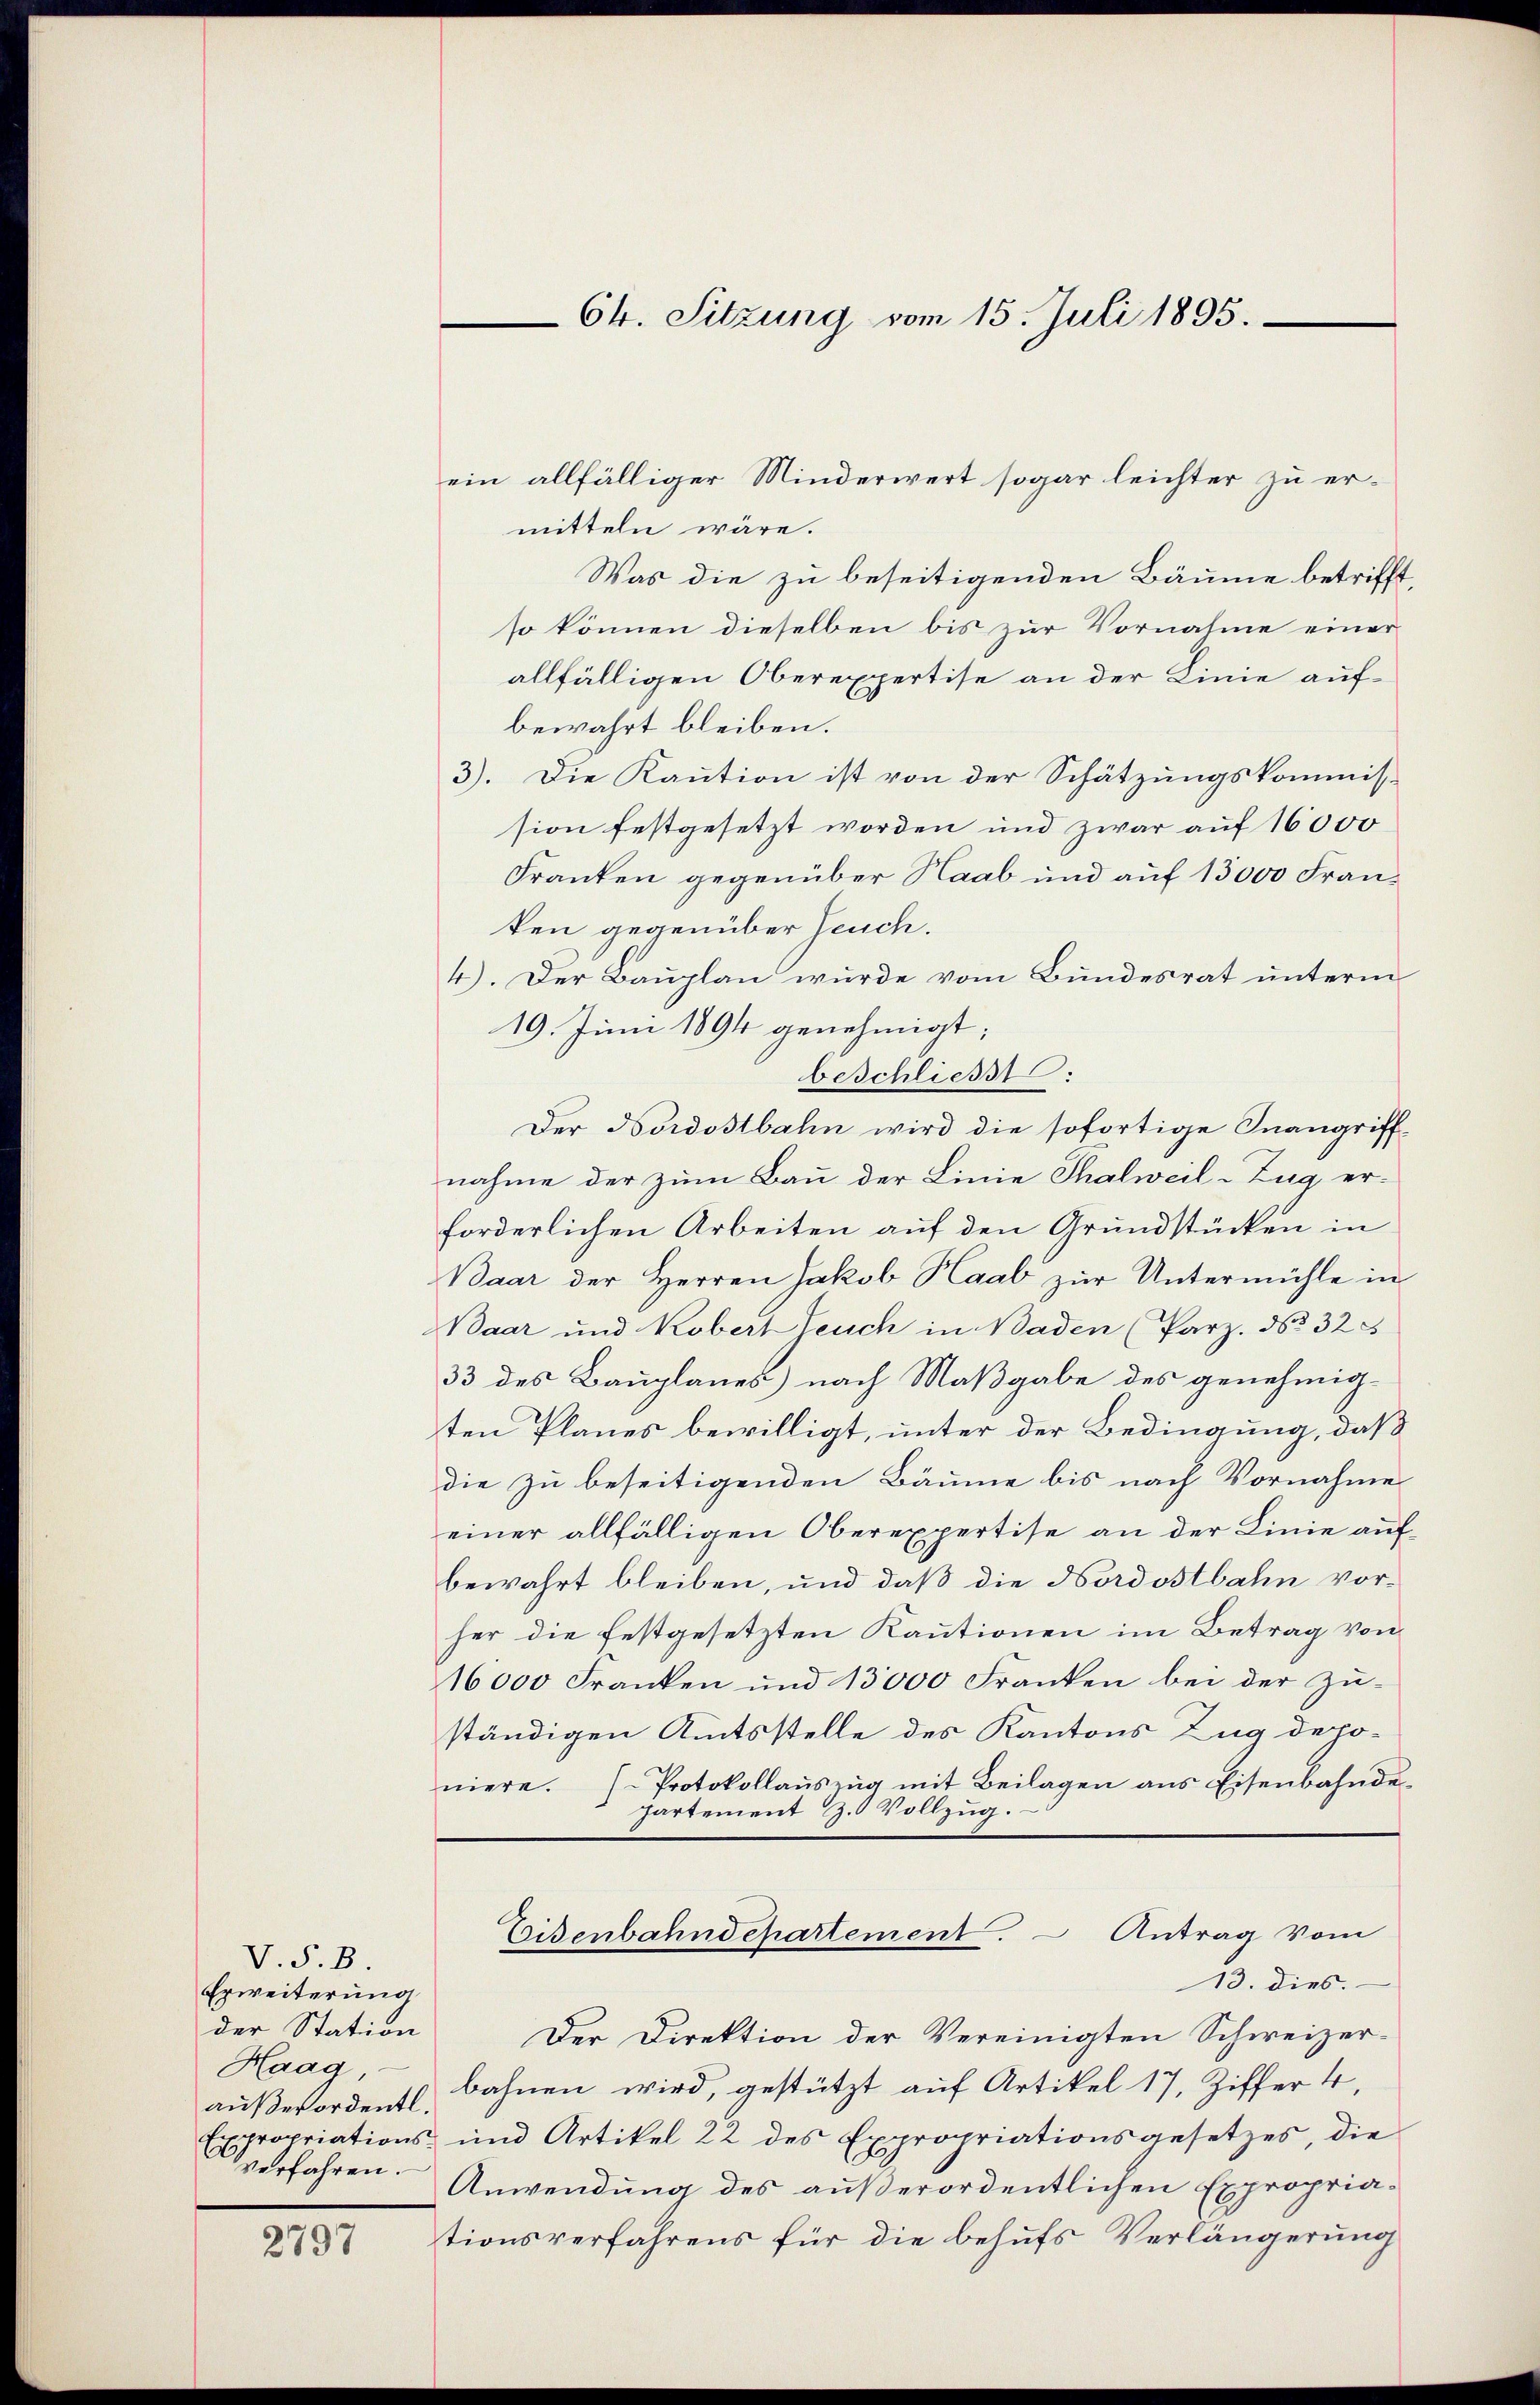
V. P. B.
Erweiterung
der Station
Haag,
außerordentl.
verfahren.

2797

6k. Sitzung vom 15. Juli 1895.

ein allfälliger Minderwert sogar leichter zu ermitteln wäre.
Was die zu beseitigenden Bäume betrifft,
so können dieselben bis zur Vornahme einer
allfälligen Oberexpertise an der Linie aufbewahrt bleiben.
3). Die Kaution ist von der Schätzungskommission festgesetzt worden und zwar auf 16000
Franken gegenüber Haab und auf 13000 Franken gegenüber Feuch.
4). Der Bauplan wurde vom Bundesrat unterm
19. Juni 1894 genehmigt;
beschliesst.
Der Nordostbahn wird die sofortige Inangriffnahme der zum Bau der Linie Thalweil-Zug erforderlichen Arbeiten auf den Grundstücken in
Baar der Herren Jakob Haab zur Untermühle in
Baar und Kobert Teuch in Baden (Parz. No 32 x
33 des Bauplanes) nach Maßgabe des genehmigten Planes bewilligt, unter der Bedingung, daß
die zu beseitigenden Bäume bis nach Vornahme
einer allfälligen Oberexpertise an der Linie aufbewahrt bleiben, und daß die Nordostbahn vorher die festgesetzten Kautionen im Betrag von
16000 Franken und 13000 Franken bei der Zu-
ständigen Amtsstelle des Kantons Zug deponiere. H. Protokollaŭszŭg mit Beilagen ans Eisenbahnde-
hartement H. Vollzug.
Eisenbahndepartement. Antrag vom
13. dies.
Der Direktion der Vereinigten Schweizer-
bahnen wird, gestützt auf Artikel 17, Ziffer 4,
Expropriations- und Artikel 22 des Expropriationsgesetzes, die
Anwendung des außerordentlichen Expropriationsverfahrens für die behufs Verlängerung